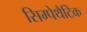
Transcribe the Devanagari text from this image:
सिम्पेथैटिक